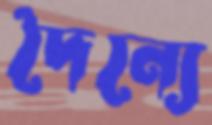
দৈন্যে